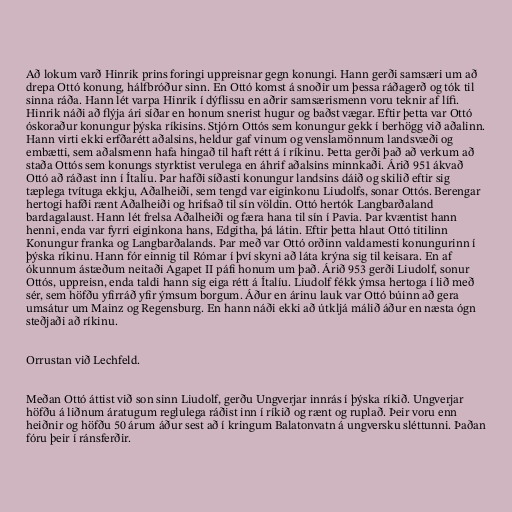
Að lokum varð Hinrik prins foringi uppreisnar gegn konungi. Hann gerði samsæri um að
drepa Ottó konung, hálfbróður sinn. En Ottó komst á snoðir um þessa ráðagerð og tók til
sinna ráða. Hann lét varpa Hinrik í dýflissu en aðrir samsærismenn voru teknir af lífi.
Hinrik náði að flýja ári síðar en honum snerist hugur og baðst vægar. Eftir þetta var Ottó
óskoraður konungur þýska ríkisins. Stjórn Ottós sem konungur gekk í berhögg við aðalinn.
Hann virti ekki erfðarétt aðalsins, heldur gaf vinum og venslamönnum landsvæði og
embætti, sem aðalsmenn hafa hingað til haft rétt á í ríkinu. Þetta gerði það að verkum að
staða Ottós sem konungs styrktist verulega en áhrif aðalsins minnkaði. Árið 951 ákvað
Ottó að ráðast inn í Ítalíu. Þar hafði síðasti konungur landsins dáið og skilið eftir sig
tæplega tvítuga ekkju, Aðalheiði, sem tengd var eiginkonu Liudolfs, sonar Ottós. Berengar
hertogi hafði rænt Aðalheiði og hrifsað til sín völdin. Ottó hertók Langbarðaland
bardagalaust. Hann lét frelsa Aðalheiði og færa hana til sín í Pavia. Þar kvæntist hann
henni, enda var fyrri eiginkona hans, Edgitha, þá látin. Eftir þetta hlaut Ottó titilinn
Konungur franka og Langbarðalands. Þar með var Ottó orðinn valdamesti konungurinn í
þýska ríkinu. Hann fór einnig til Rómar í því skyni að láta krýna sig til keisara. En af
ókunnum ástæðum neitaði Agapet II páfi honum um það. Árið 953 gerði Liudolf, sonur
Ottós, uppreisn, enda taldi hann sig eiga rétt á Ítalíu. Liudolf fékk ýmsa hertoga í lið með
sér, sem höfðu yfirráð yfir ýmsum borgum. Áður en árinu lauk var Ottó búinn að gera
umsátur um Mainz og Regensburg. En hann náði ekki að útkljá málið áður en næsta ógn
steðjaði að ríkinu.

Orrustan við Lechfeld.

Meðan Ottó áttist við son sinn Liudolf, gerðu Ungverjar innrás í þýska ríkið. Ungverjar
höfðu á liðnum áratugum reglulega ráðist inn í ríkið og rænt og ruplað. Þeir voru enn
heiðnir og höfðu 50 árum áður sest að í kringum Balatonvatn á ungversku sléttunni. Þaðan
fóru þeir í ránsferðir.